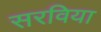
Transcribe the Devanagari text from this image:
सरविया